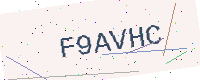
Text: F9AVHC